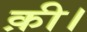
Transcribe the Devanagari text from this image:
क़ी।